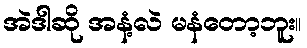
အဲဒါဆို အနံ့လဲ မနံတော့ဘူး။